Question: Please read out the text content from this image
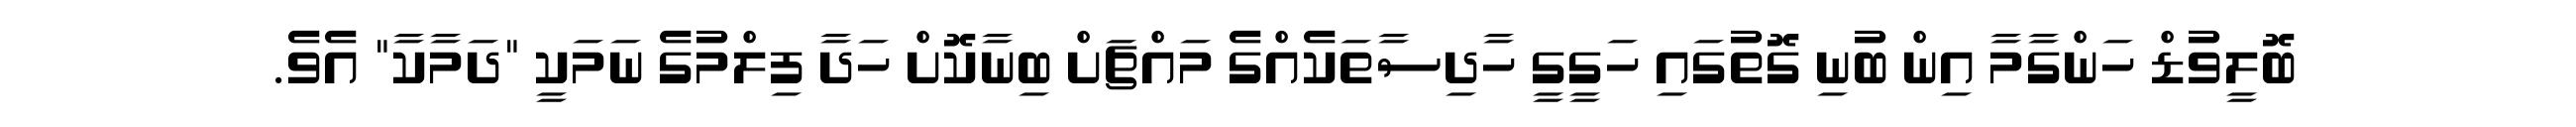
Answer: ބޮލީވުޑް ހަންގާމާ އިން ބުނި ގޮތުގައި ހަގީގީ ހާދިސާތަކެއްގެ މައްޗަށް ބިނާކޮށް ހަދާ ފިލްމުގެ ނަމަކީ "ދަމާކާ" އެވެ.